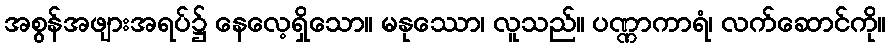
အစွန်အဖျားအရပ်၌ နေလေ့ရှိသော။ မနုဿော၊ လူသည်။ ပဏ္ဏာကာရံ၊ လက်ဆောင်ကို။